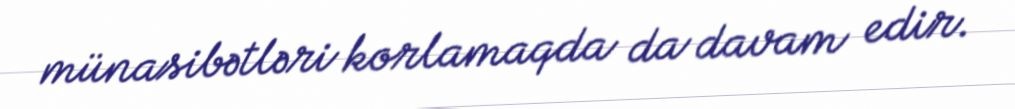
münasibətləri korlamaqda da davam edir.